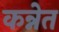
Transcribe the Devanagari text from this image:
कन्नेत